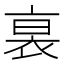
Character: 𧙴